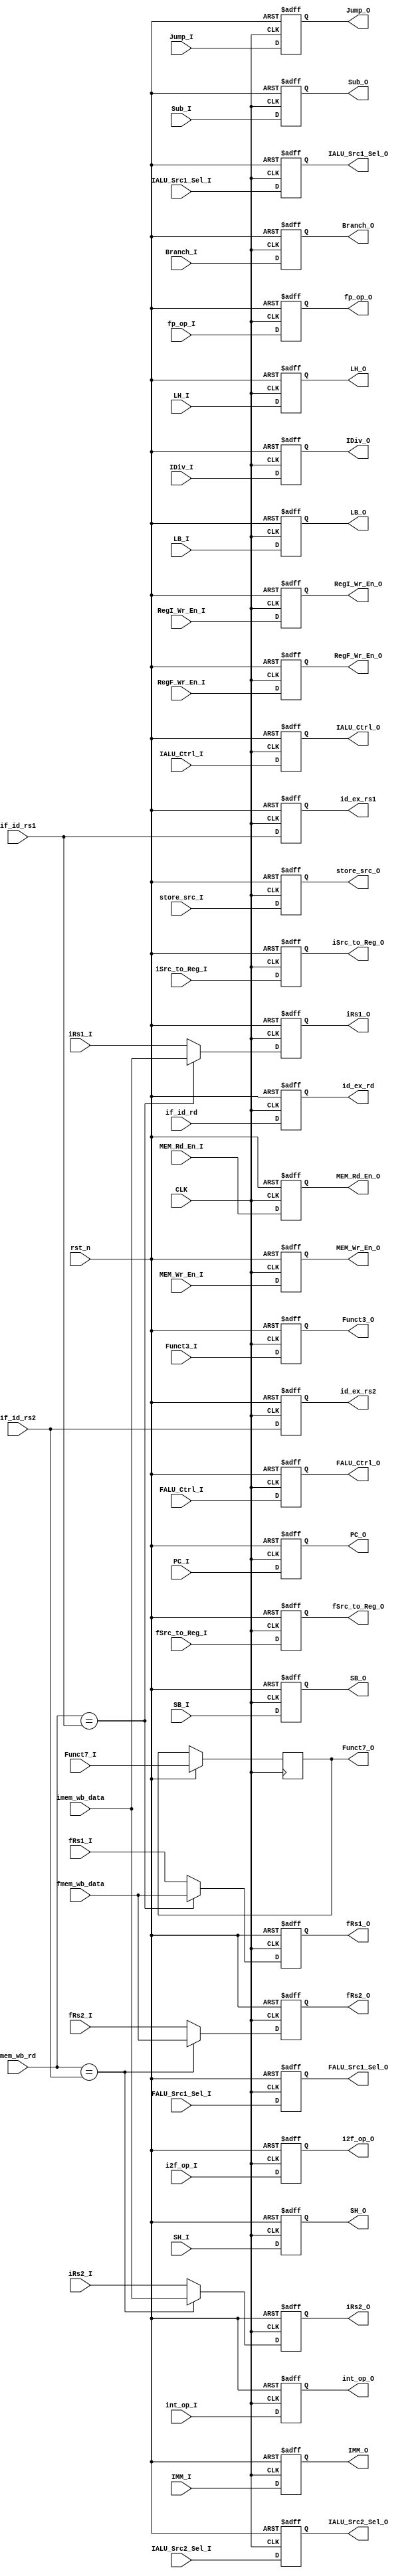
module ID_EX_REG #(
	parameter IMM_GEN = 32,
	parameter XLEN    = 32,
	parameter FLEN    = 32
)
(
	////////////////////////// INPUT //////////////////////
	input wire 				 CLK,
	input wire          	 rst_n,
	// PC src
	input wire [31:0] 		 PC_I,
	input wire               Branch_I,
	input wire               Jump_I,
	// IMM src
	input wire [IMM_GEN-1:0] IMM_I,
	// ALU Function Decision
	input wire [2:0]         Funct3_I,
	input wire [6:0]         Funct7_I,
	// RegFiles srcs
	input wire [XLEN-1:0]    iRs1_I,
	input wire [XLEN-1:0]    iRs2_I,
	input wire [FLEN-1:0]    fRs1_I,
	input wire [FLEN-1:0]    fRs2_I,
	input wire [XLEN-1:0]    imem_wb_data,
	input wire [FLEN-1:0]    fmem_wb_data,
	input wire [1:0]		 iSrc_to_Reg_I,
	input wire 		         fSrc_to_Reg_I,
	input wire  		     RegI_Wr_En_I,
	input wire 			     RegF_Wr_En_I,
	input wire [4:0]       	 if_id_rs1,
	input wire [4:0]      	 if_id_rs2,
	input wire [4:0]      	 if_id_rd,
	input wire [4:0]         mem_wb_rd,
	// ALU srcs
	input wire				 int_op_I,
	input wire			     fp_op_I,
    input wire				 i2f_op_I,
	input wire       		 Sub_I,
	input wire               IDiv_I,
	input wire 		 		 IALU_Src1_Sel_I,
	input wire 		 		 IALU_Src2_Sel_I,
	input wire 		 		 FALU_Src1_Sel_I,
	input wire [2:0]         IALU_Ctrl_I,
	input wire [2:0]         FALU_Ctrl_I,
	// Memory srcs
	input wire               store_src_I,
	input wire 		         MEM_Rd_En_I,
	input wire 		         MEM_Wr_En_I,
	input wire               LB_I,
	input wire               LH_I,
	input wire               SB_I,
	input wire               SH_I,
	////////////////////////// OUTPUT //////////////////////
	// PC src
	output reg [31:0] 		 PC_O,
	output reg        		 Branch_O,
	output reg               Jump_O,
	// IMM src
	output reg [IMM_GEN-1:0] IMM_O,
	// ALU Function Decision
	output reg [2:0]         Funct3_O,
	output reg [6:0]         Funct7_O,
	// RegFiles srcs
	output reg [XLEN-1:0]    iRs1_O,
	output reg [XLEN-1:0]    iRs2_O,
	output reg [FLEN-1:0]    fRs1_O,
	output reg [FLEN-1:0]    fRs2_O,
	output reg [1:0]		 iSrc_to_Reg_O,
	output reg 		         fSrc_to_Reg_O,
	output reg  		     RegI_Wr_En_O,
	output reg 			     RegF_Wr_En_O,
	output reg [4:0]         id_ex_rs1,
	output reg [4:0]         id_ex_rs2,
	output reg [4:0]         id_ex_rd,
	// ALU srcs
	output reg				 int_op_O,
	output reg			     fp_op_O,
    output reg				 i2f_op_O,
	output reg       		 Sub_O,
	output reg               IDiv_O,
	output reg 		 		 IALU_Src1_Sel_O,
	output reg 		 		 IALU_Src2_Sel_O,
	output reg 		 		 FALU_Src1_Sel_O,
	output reg [2:0]         IALU_Ctrl_O,
	output reg [2:0]         FALU_Ctrl_O,
	// Memory srcs
	output reg               store_src_O,
	output reg 		 		 MEM_Rd_En_O,
	output reg 		 		 MEM_Wr_En_O,
	// output reg 		 		 Src_to_Reg_O,
	output reg               LB_O,
	output reg               LH_O,
	output reg               SB_O,
	output reg               SH_O
);

reg [XLEN-1:0] passed_irs1;
reg [XLEN-1:0] passed_irs2;
reg [FLEN-1:0] passed_frs1;
reg [FLEN-1:0] passed_frs2;

always @(posedge CLK,negedge rst_n) begin
	
	if (!rst_n) begin
		PC_O 		    <= 'b0;
		Branch_O 	    <= 1'b0;
		Jump_O          <= 1'b0;
		IMM_O 		    <= 'b0;
		Funct3_O        <= 'b0;
		// Funct7_5_3_2_O  <= 'b0;
		iSrc_to_Reg_O   <= 2'b0;
		fSrc_to_Reg_O   <= 1'b0;
		RegI_Wr_En_O    <= 1'b0;
		RegF_Wr_En_O    <= 1'b0;
		id_ex_rs1       <= 'b0;
		id_ex_rs2 	    <= 'b0;
		id_ex_rd 	    <= 'b0;
		int_op_O        <= 1'b0;
		fp_op_O         <= 1'b0;
		i2f_op_O        <= 1'b0;
		IDiv_O          <= 1'b0;
		IALU_Src1_Sel_O <= 1'b0;
		IALU_Src2_Sel_O <= 1'b0;
		FALU_Src1_Sel_O <= 1'b0;
		IALU_Ctrl_O     <= 3'b0;
		FALU_Ctrl_O     <= 3'b0;
		Sub_O        	<= 1'b0;
		store_src_O     <= 1'b0;
		MEM_Rd_En_O     <= 1'b0;
		MEM_Wr_En_O     <= 1'b0;
		iRs1_O          <= 32'b0;
		iRs2_O          <= 32'b0;
		fRs1_O          <= 32'b0;
		fRs2_O          <= 32'b0;
		// Src_to_Reg_O    <= 1'b0;
		LB_O            <= 1'b0;
		LH_O            <= 1'b0;
		SB_O            <= 1'b0;
		SH_O            <= 1'b0;
	end
	else begin
		PC_O 		    <= PC_I;
		Branch_O 	    <= Branch_I;
		Jump_O          <= Jump_I;
		IMM_O 		    <= IMM_I;
		Funct3_O        <= Funct3_I;
		Funct7_O 		<= Funct7_I;
		iSrc_to_Reg_O   <= iSrc_to_Reg_I;
		fSrc_to_Reg_O   <= fSrc_to_Reg_I;
		RegI_Wr_En_O    <= RegI_Wr_En_I;
		RegF_Wr_En_O    <= RegF_Wr_En_I;
		id_ex_rs1       <= if_id_rs1;
		id_ex_rs2 	    <= if_id_rs2;
		id_ex_rd 	    <= if_id_rd;
		int_op_O        <= int_op_I;
		fp_op_O         <= fp_op_I;
		i2f_op_O        <= i2f_op_I;
		IDiv_O          <= IDiv_I;
		IALU_Src1_Sel_O <= IALU_Src1_Sel_I;
		IALU_Src2_Sel_O <= IALU_Src2_Sel_I;
		FALU_Src1_Sel_O <= FALU_Src1_Sel_I;
		IALU_Ctrl_O     <= IALU_Ctrl_I;
		FALU_Ctrl_O     <= FALU_Ctrl_I;
		Sub_O        	<= Sub_I;
		iRs1_O          <= passed_irs1;
		iRs2_O          <= passed_irs2;
		fRs1_O          <= passed_frs1;
		fRs2_O          <= passed_frs2;
		store_src_O     <= store_src_I;
		MEM_Rd_En_O     <= MEM_Rd_En_I;
		MEM_Wr_En_O     <= MEM_Wr_En_I;
		iSrc_to_Reg_O   <= iSrc_to_Reg_I;
		fSrc_to_Reg_O   <= fSrc_to_Reg_I;
		LB_O            <= LB_I;
		LH_O            <= LH_I;
		SB_O            <= SB_I;
		SH_O            <= SH_I;
	end

end

always @(*) begin
	if (mem_wb_rd == if_id_rs1) begin
		passed_irs1 = imem_wb_data;
		passed_frs1 = fmem_wb_data;
	end
	else begin
		passed_irs1 = iRs1_I;
		passed_frs1 = fRs1_I;
	end
end
always @(*) begin
	if (mem_wb_rd == if_id_rs2) begin
		passed_irs2 = imem_wb_data;
		passed_frs2 = fmem_wb_data;
	end
	else begin
		passed_irs2 = iRs2_I;
		passed_frs2 = fRs2_I;
	end
end


endmodule